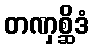
တဏှစ္ဆိဒံ